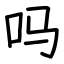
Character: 吗